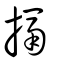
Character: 搹